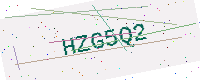
Text: HZG5Q2